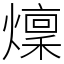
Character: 燣